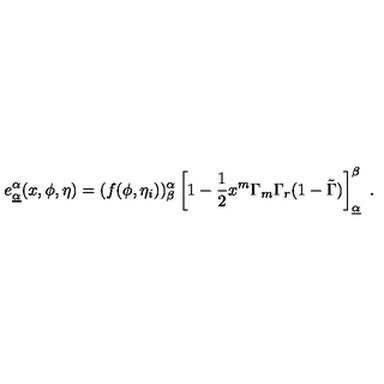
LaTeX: e _ { \underline { { \alpha } } } ^ { \alpha } ( x , \phi , \eta ) = ( f ( \phi , \eta _ { i } ) ) _ { \beta } ^ { \alpha } \left[ 1 - { \frac { 1 } { 2 } } x ^ { m } \Gamma _ { m } \Gamma _ { r } ( 1 - \tilde { \Gamma } ) \right] _ { \underline { { \alpha } } } ^ { \beta } \ .